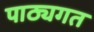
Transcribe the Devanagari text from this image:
पाठ्यगत